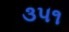
૩૫૧